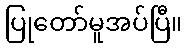
ပြုတော်မူအပ်ပြီ။